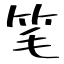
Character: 笔